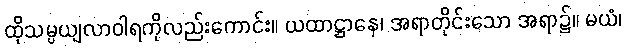
ထိုသမ္ပယျလာဝါရကိုလည်းကောင်း။ ယထာဋ္ဌာနေ၊ အရာတိုင်းသော အရာ၌။ မယံ၊